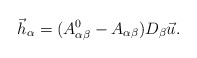
\begin{align*}\vec h_\alpha=(A_{\alpha\beta}^0-A_{\alpha\beta})D_\beta \vec u.\end{align*}